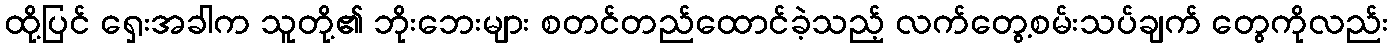
ထို့ပြင် ရှေးအခါက သူတို့၏ ဘိုးဘေးများ စတင်တည်ထောင်ခဲ့သည့် လက်တွေ့စမ်းသပ်ချက် တွေကိုလည်း